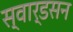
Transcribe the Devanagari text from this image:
स्वार्डसन